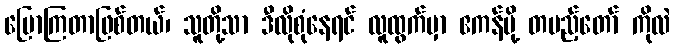
ပြောကြတာဖြစ်တယ်၊ သူတို့သာ ဒီလိုစုံနေရင် လူထွက်မှာ ဧကန်မို့ တပည့်တော် ကိုလဲ